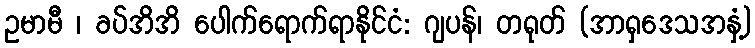
ဥမာမီ ၊ ခပ်အိအိ ပေါက်ရောက်ရာနိုင်ငံ: ဂျပန်၊ တရုတ် (အာရှဒေသအနှံ့)